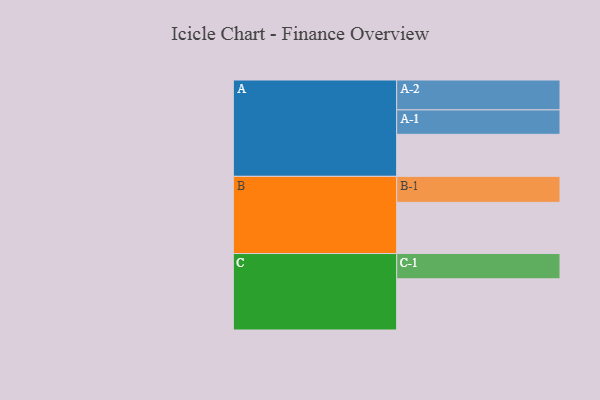
{"axis": {"x": "Segment", "y": "Value"}, "legend": ["", "A", "B", "C"], "data": [{"x": "A", "y": 408, "type": ""}, {"x": "B", "y": 497, "type": ""}, {"x": "C", "y": 497, "type": ""}, {"x": "A-1", "y": 237, "type": "A"}, {"x": "A-2", "y": 290, "type": "A"}, {"x": "B-1", "y": 252, "type": "B"}, {"x": "C-1", "y": 245, "type": "C"}]}